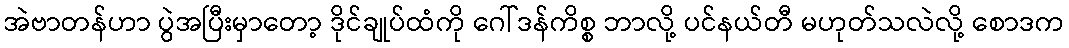
အဲဗာတန်ဟာ ပွဲအပြီးမှာတော့ ဒိုင်ချုပ်ထံကို ဂေါ်ဒန်ကိစ္စ ဘာလို့ ပင်နယ်တီ မဟုတ်သလဲလို့ စောဒက